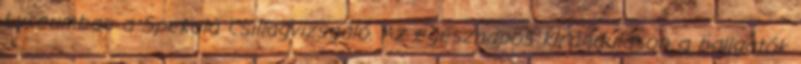
Lyceumban a Spekula Csillagvizsgáló. Az egésznapos kiránduláson a hallgatók